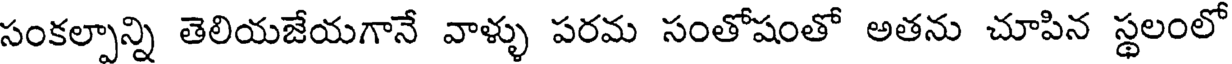
సంకల్పాన్ని తెలియజేయగానే వాళ్ళు పరమ సంతోషంతో అతను చూపిన స్థలంలో